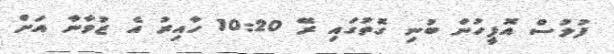
ފުލުސް އޮފީހުން ބުނި ގޮތުގައި ރޭ 10:20 ހާއިރު އެ ޒުވާނާ އަށް